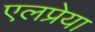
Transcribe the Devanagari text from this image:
एलप्रेया